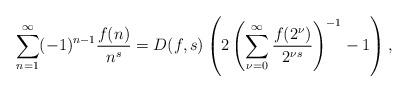
LaTeX: \begin{align*} \sum_{n=1}^{\infty} (-1)^{n-1} \frac{f(n)}{n^s} = D(f,s) \left(2\left( \sum_{\nu=0}^{\infty}\frac{f(2^\nu)}{2^{\nu s}} \right)^{-1}-1\right),\end{align*}